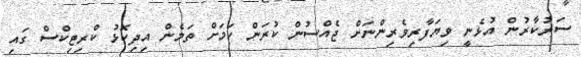
ސަރުކާރުން އުޅެނީ ވިޔަފާރިވެރިންނަށް ޖެއްސުން ކުރަން ކަމަށް ތަމެން އިދިކޮޅު ކްރިޓިކްސް ގައި